Leprosy in India: report of the Leprosy Commission in India, 1890-91
Year: 1890
Disease focus: Leprosy
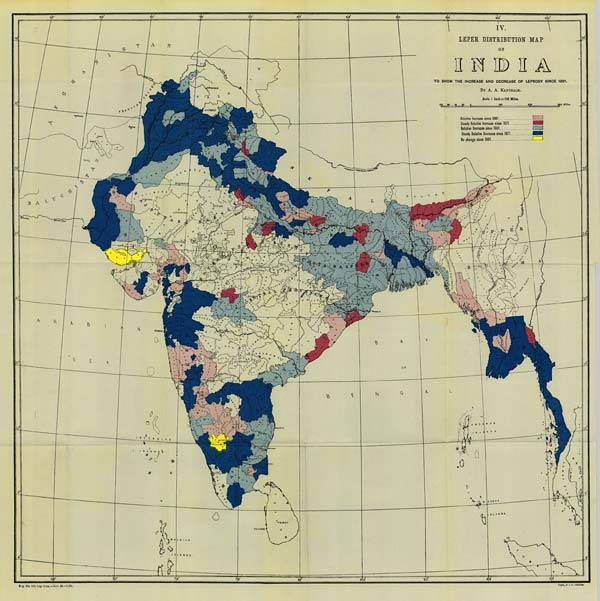
Reg. No. 420, Lep. Com.—Nov. 92.-2,300.
Photo., S. I. O., Calcutta.